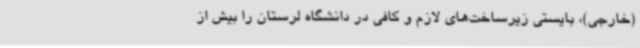
(خارجی)، بایستی زیرساخت‌های لازم و کافی در دانشگاه لرستان را بیش از